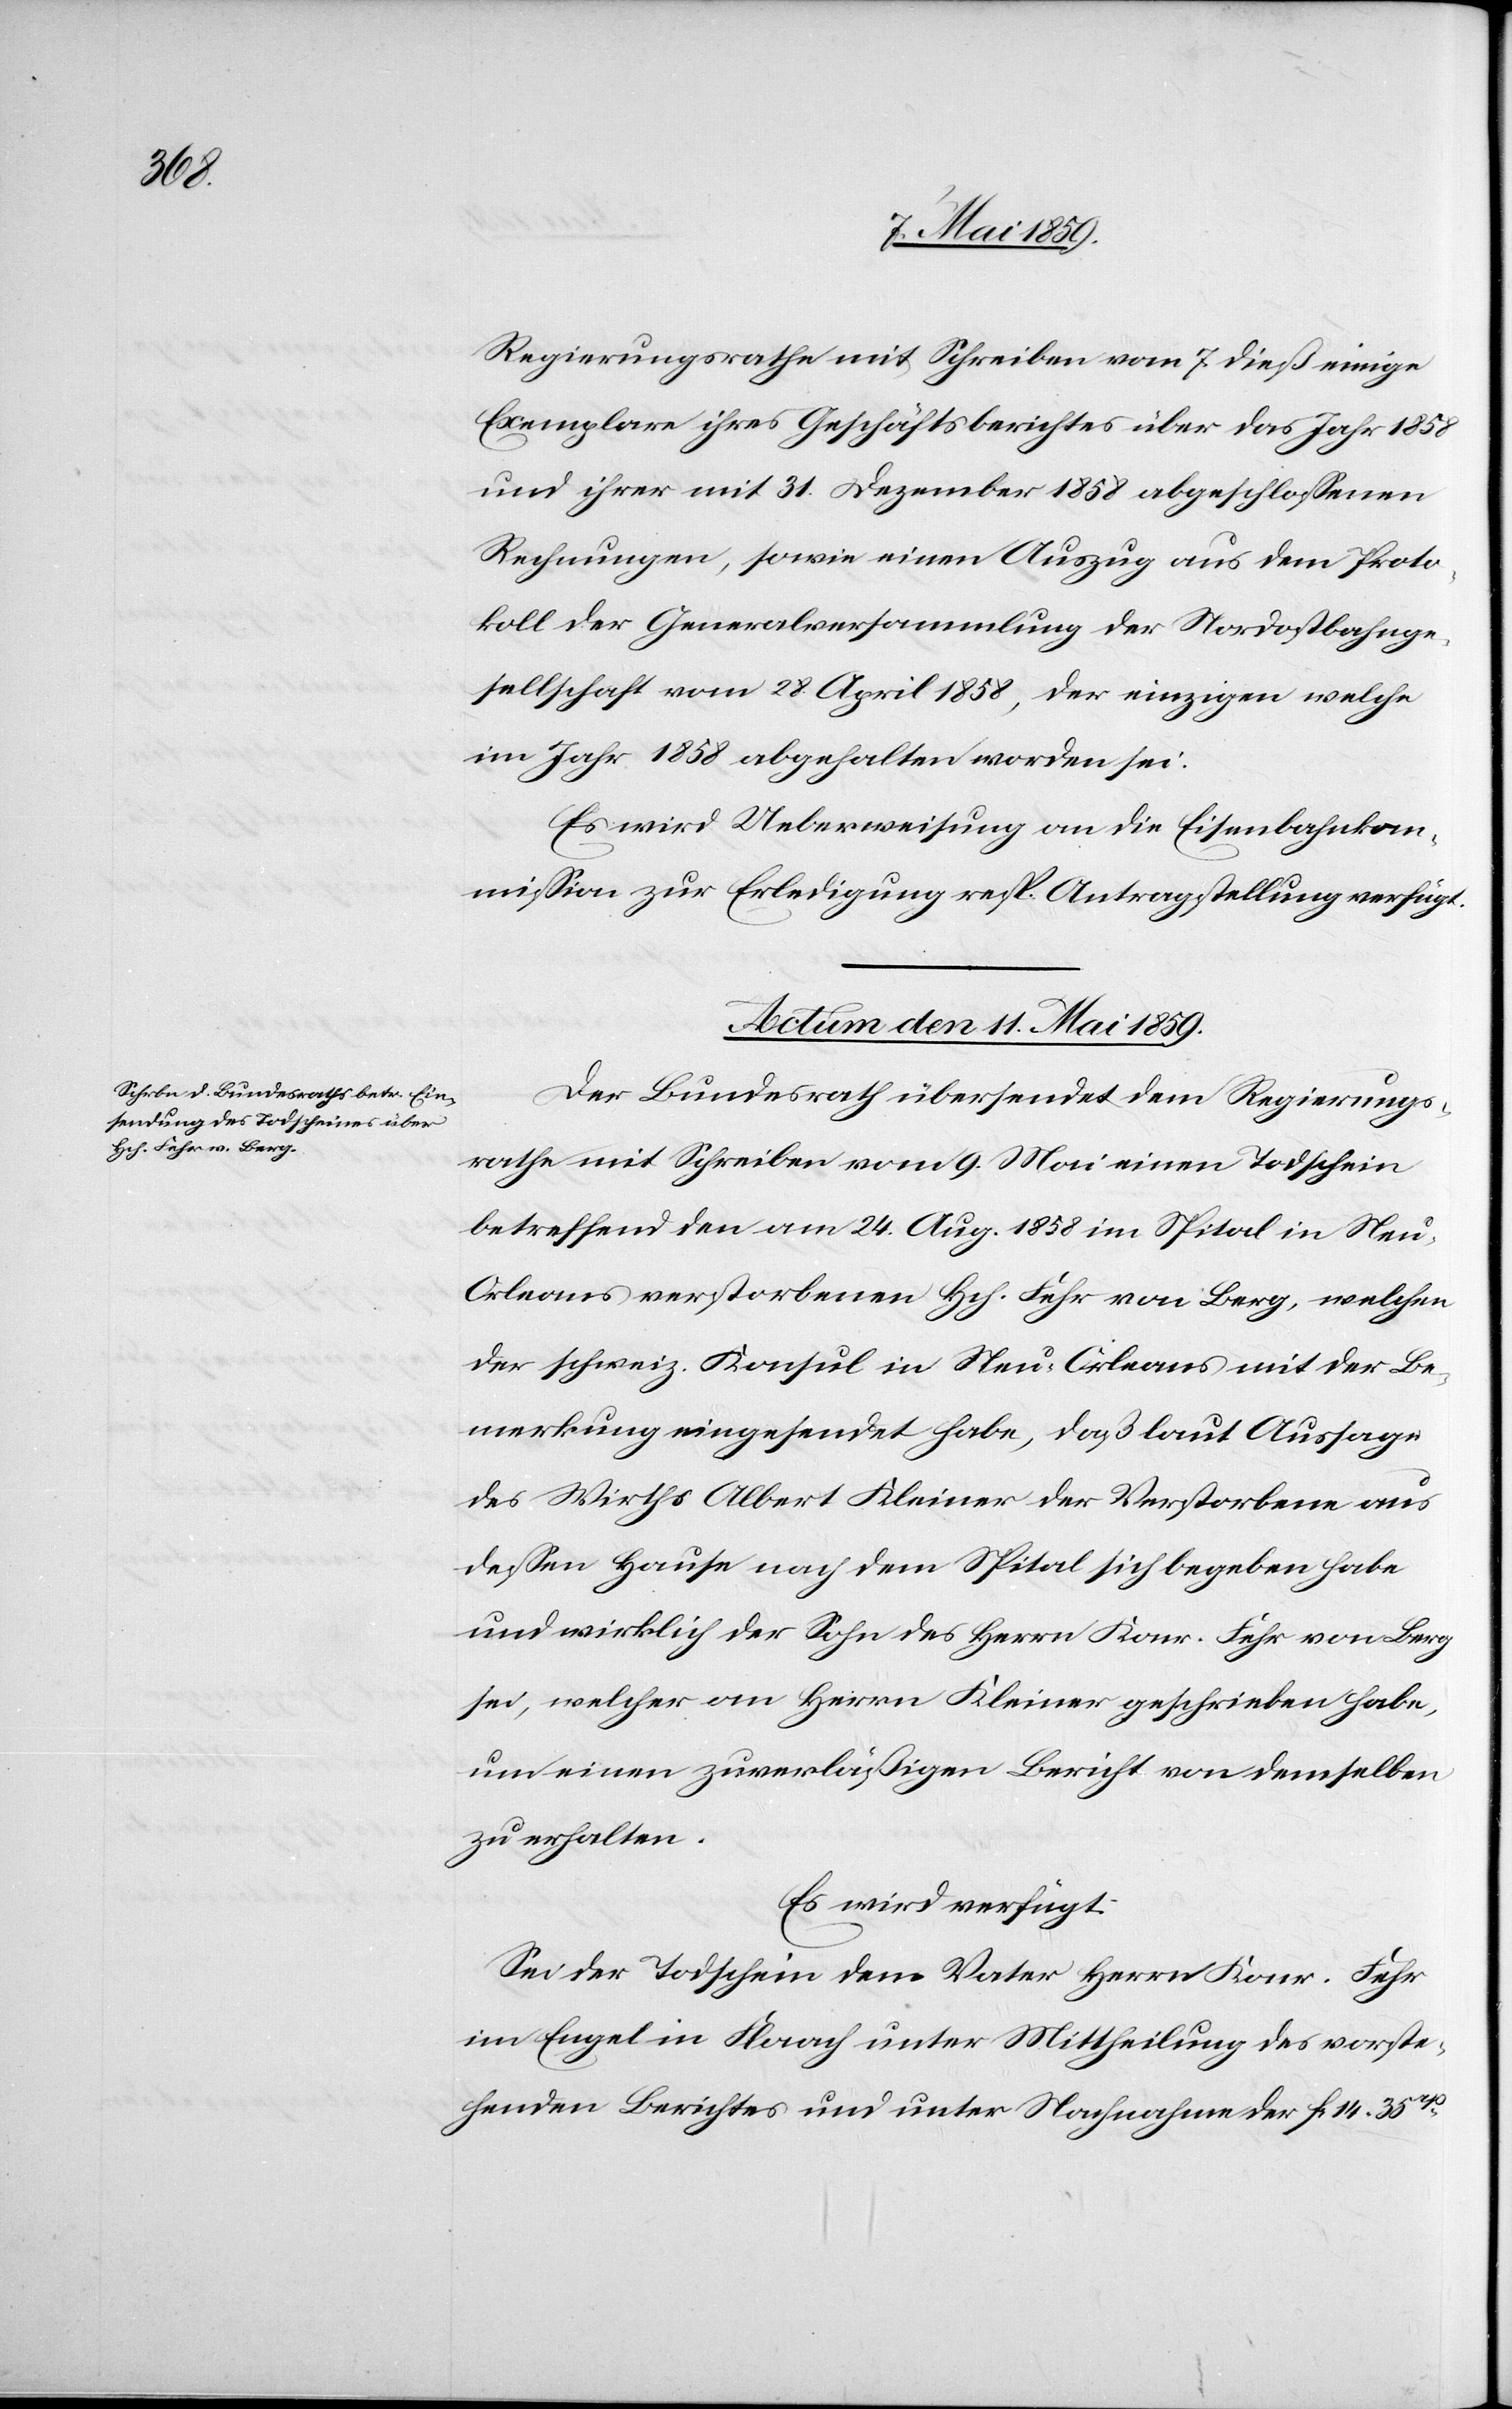
Regierungsrathe mit Schreiben vom 7. dieß einige
Exemplare ihres Geschäftsberichtes über das Jahr 1858
und ihrer mit 31. Dezember 1858 abgeschloßenen
Rechnungen, sowie einen Auszug aus dem Proto¬
koll der Generalversammlung der Nordostbahnge¬
sellschaft vom 28. April 1858, der einzigen welche
im Jahr 1858 abgehalten worden sei.
Es wird Ueberweisung an die Eisenbahnkom¬
mißion zur Erledigung resp. Antragstellung verfügt.
Actum den 11. Mai 1859.
Der Bundesrath übersendet dem Regierungs¬
rathe mit Schreiben vom 9. Mai einen Todschein
betreffend den am 24. Aug. 1858 im Spital in Ne¬
u-Orleans verstorbenen Hch. Fehr von Berg, welchen
der schweiz. Konsul in Neu-Orleans mit der Be¬
merkung eingesendet habe, daß laut Aussage
des Wirths Albert Kleiner der Verstorbene aus
deßen Hause nach dem Spital sich begeben habe
und wirklich der Sohn des Herrn Konr. Fehr von Berg
sei, welcher an Herrn Kleiner geschrieben habe,
um einen zuverläßigen Bericht von demselben
zu erhalten.
Es wird verfügt:
Sei der Todschein dem Vater Herrn Konr. Fehr
im Engel in Flaach unter Mittheilung des vorste¬
henden Berichtes und unter Nachnahme der fc. 14.35rp